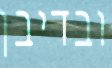
ובדיבן